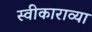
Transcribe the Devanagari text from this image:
स्वीकाराव्या